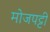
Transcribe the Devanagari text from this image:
मोजपट्टी